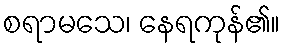
စရာမသေ၊ နေရကုန်၏။